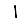
Digit: 1